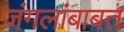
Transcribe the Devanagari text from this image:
जंगलांबाबत